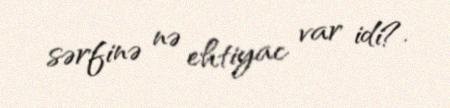
sərfinə nə ehtiyac var idi?.